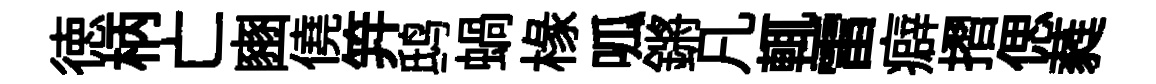
徳柄亡豳僥笄鸱蝸椽呱鏘凡輒雷癖摺偲蕤